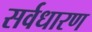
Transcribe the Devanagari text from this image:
सर्वधारण